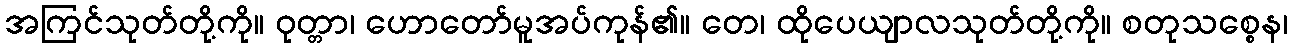
အကြင်သုတ်တို့ကို။ ဝုတ္တာ၊ ဟောတော်မူအပ်ကုန်၏။ တေ၊ ထိုပေယျာလသုတ်တို့ကို။ စတုသစ္စေန၊